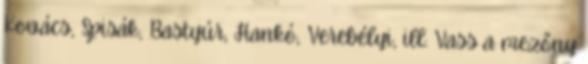
Kovács, Spisák, Bastyúr, Hankó, Verebélyi, ill. Vass a mezőny